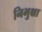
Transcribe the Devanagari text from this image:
निभुक्षा